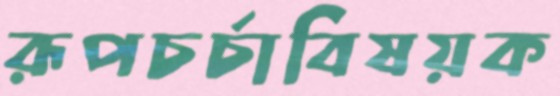
রূপচর্চাবিষয়ক